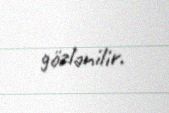
gözlənilir.